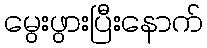
မွေးဖွားပြီးနောက်